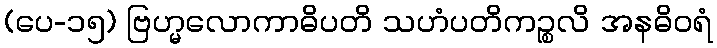
(ပေ-၁၅) ဗြဟ္မလောကာဓိပတိ သဟံပတိကဉ္စလိ အနဓိဝရံ